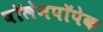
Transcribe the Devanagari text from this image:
वॉलेनपॉपेक